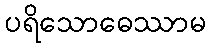
ပရိသောဓေဿာမ